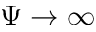
\Psi \to \infty